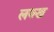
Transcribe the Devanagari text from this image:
लक्ख